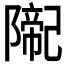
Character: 𨼨